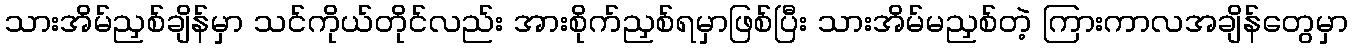
သားအိမ်ညှစ်ချိန်မှာ သင်ကိုယ်တိုင်လည်း အားစိုက်ညှစ်ရမှာဖြစ်ပြီး သားအိမ်မညှစ်တဲ့ ကြားကာလအချိန်တွေမှာ